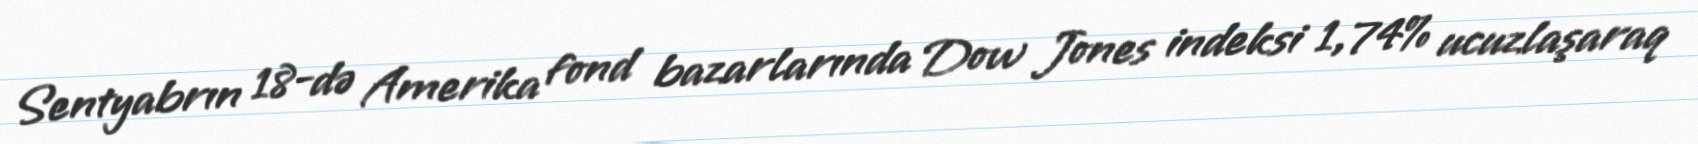
Sentyabrın 18-də Amerika fond bazarlarında Dow Jones indeksi 1,74% ucuzlaşaraq